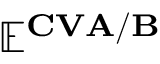
\mathbf { \mathbb { E } ^ { C V A / B } }